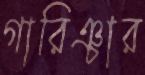
গারিঞ্চার